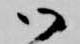
御